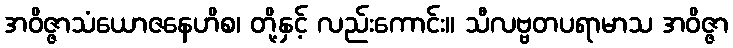
အဝိဇ္ဇာသံယောဇနေဟိစ၊ တို့နှင့် လည်းကောင်း။ သီလဗ္ဗတပရာမာသ အဝိဇ္ဇာ